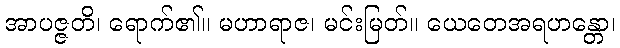
အာပဇ္ဇတိ၊ ရောက်၏။ မဟာရာဇ၊ မင်းမြတ်။ ယေတေအရဟန္တော၊